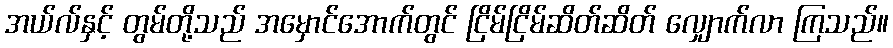
အယ်လ်နှင့် တွမ်တို့သည် အမှောင်အောက်တွင် ငြိမ်ငြိမ်ဆိတ်ဆိတ် လျှောက်လာ ကြသည်။